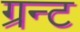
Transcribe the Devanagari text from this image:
ग्रन्ट